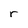
Character: r